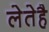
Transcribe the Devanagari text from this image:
लेतेहै